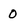
Character: 0